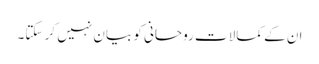
ان کے کمالات روحانی کو بیان نہیں کر سکتا۔